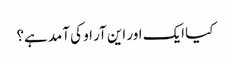
کیا ایک اور این آر او کی آمد ہے؟